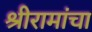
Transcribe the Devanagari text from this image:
श्रीरामांचा